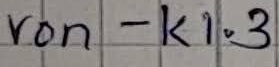
Text: von - K1.3